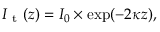
I _ { \mathrm { ~ t ~ } } ( z ) = I _ { 0 } \times \exp ( - 2 \kappa z ) ,